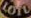
LOTU